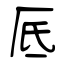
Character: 厎